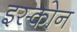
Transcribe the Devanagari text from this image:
इस्कोन